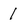
Character: 1